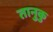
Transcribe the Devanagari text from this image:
तानुकु